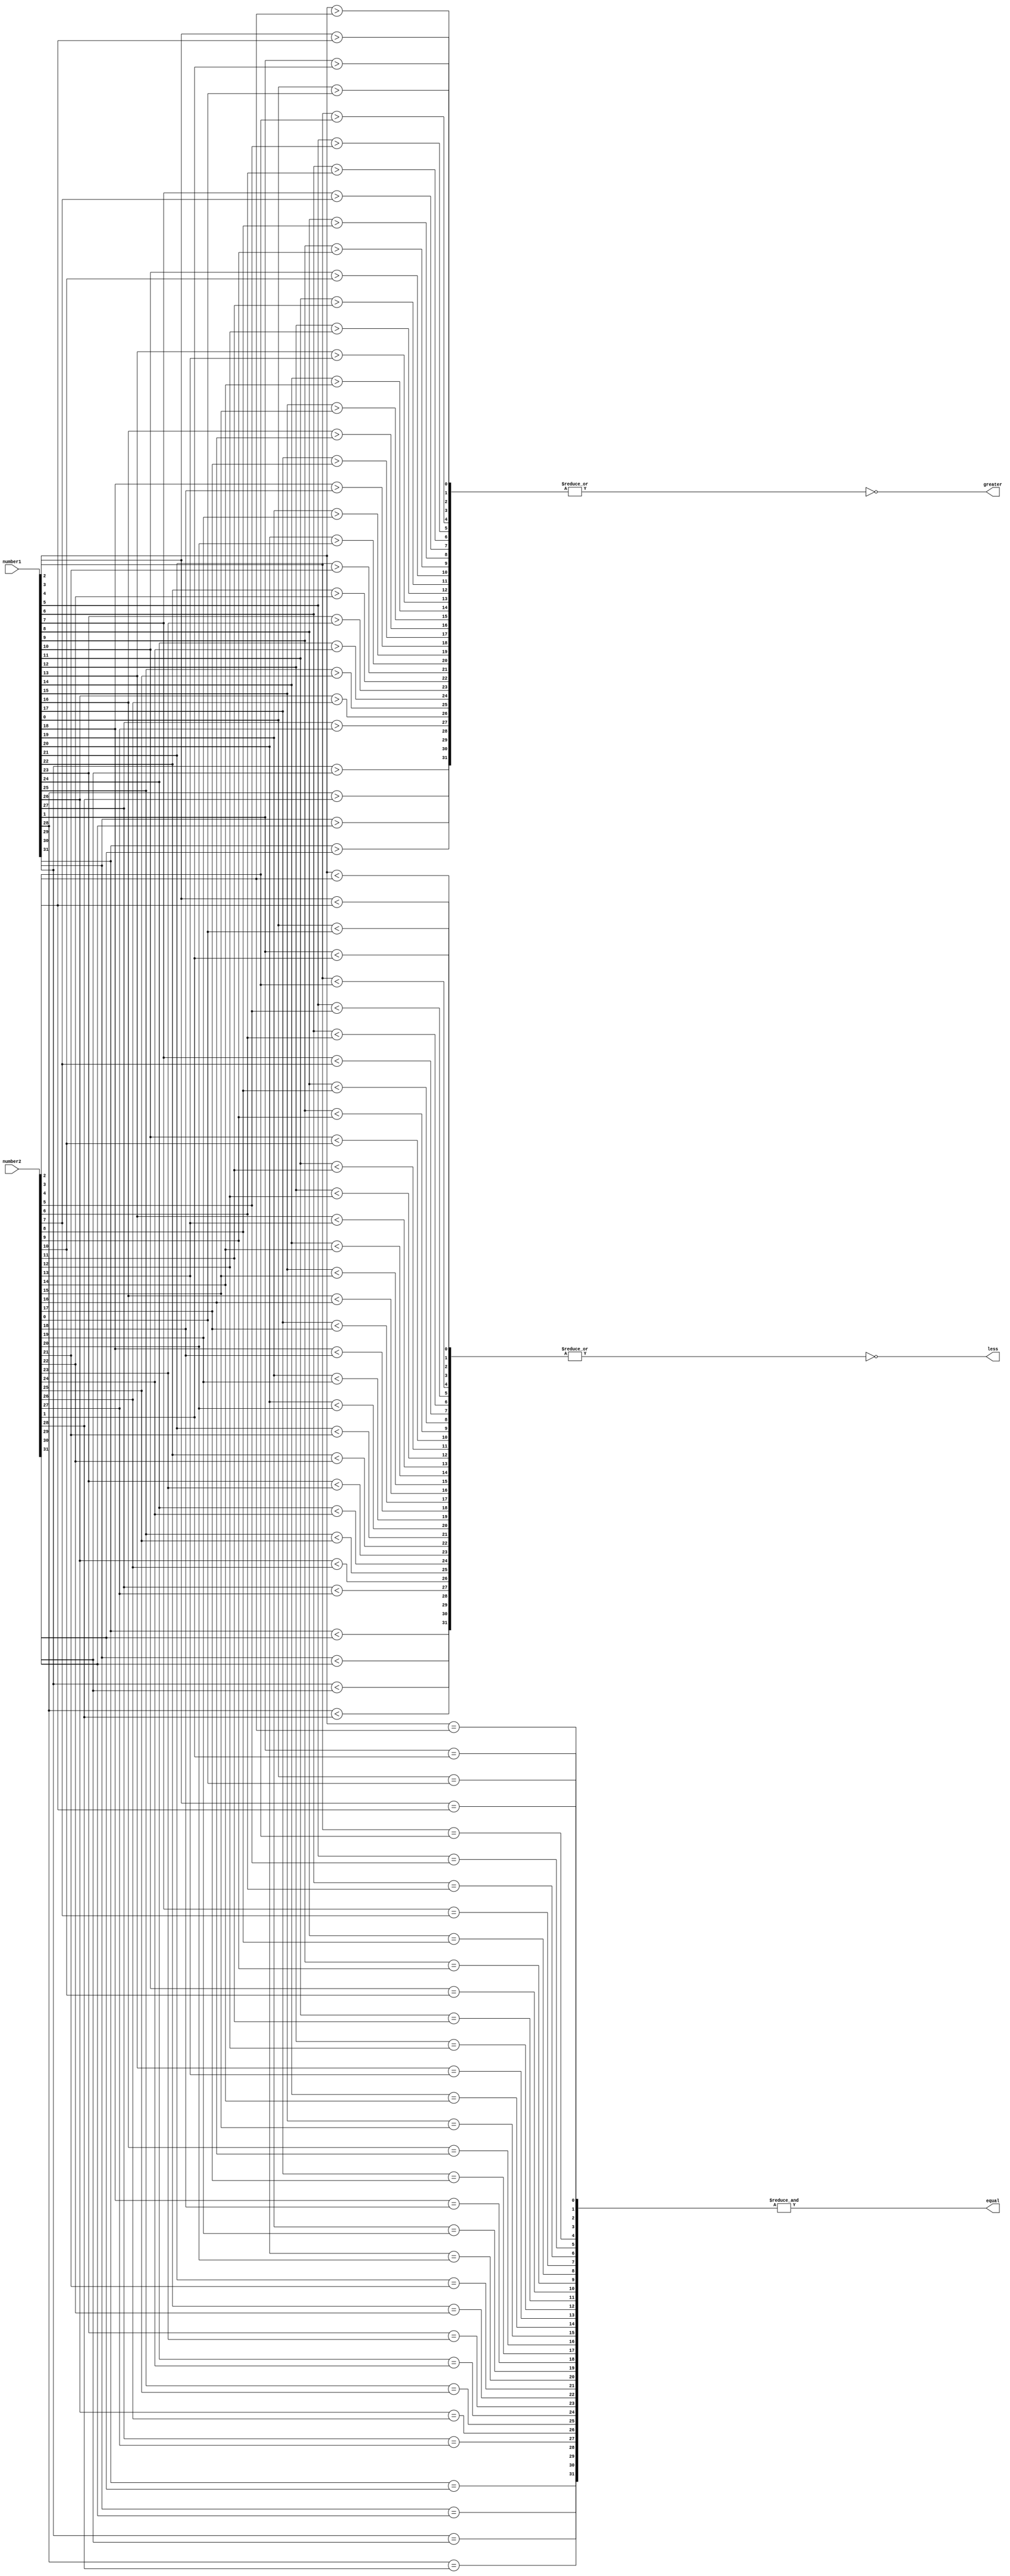
module comparator (
    input [31:0] number1,
    input [31:0] number2,
    output equal,
    output greater,
    output less
);

wire [31:0] equal_out;
wire [31:0] greater_out;
wire [31:0] less_out;

assign equal = &equal_out;
assign greater = ~|greater_out;
assign less = ~|less_out;

genvar i;
generate
    for (i = 0; i < 32; i = i + 1) begin : comparator_block
        assign equal_out[i] = (number1[i] == number2[i]);
        assign greater_out[i] = (number1[i] > number2[i]);
        assign less_out[i] = (number1[i] < number2[i]);
    end
endgenerate

endmodule